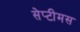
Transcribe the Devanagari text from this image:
सेप्टीमस